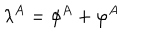
\lambda ^ { A } = \phi ^ { A } + \varphi ^ { A }